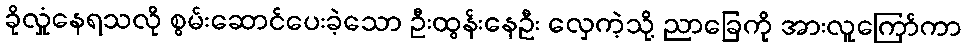
ခိုလှုံနေရသလို စွမ်းဆောင်ပေးခဲ့သော ဦးထွန်းနေဦး လှေကဲ့သို့ ညာခြေကို အားလူကြော်ကာ